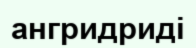
ангридриді